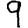
Digit: 9